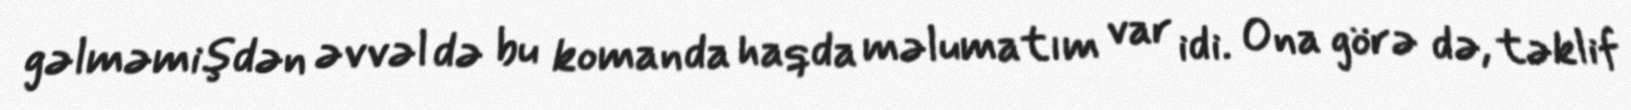
gəlməmişdən əvvəl də bu komanda haqda məlumatım var idi. Ona görə də, təklif